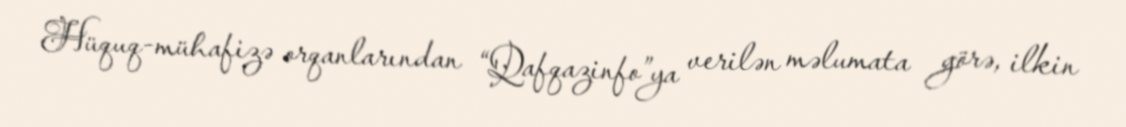
Hüquq-mühafizə orqanlarından “Qafqazinfo”ya verilən məlumata görə, ilkin